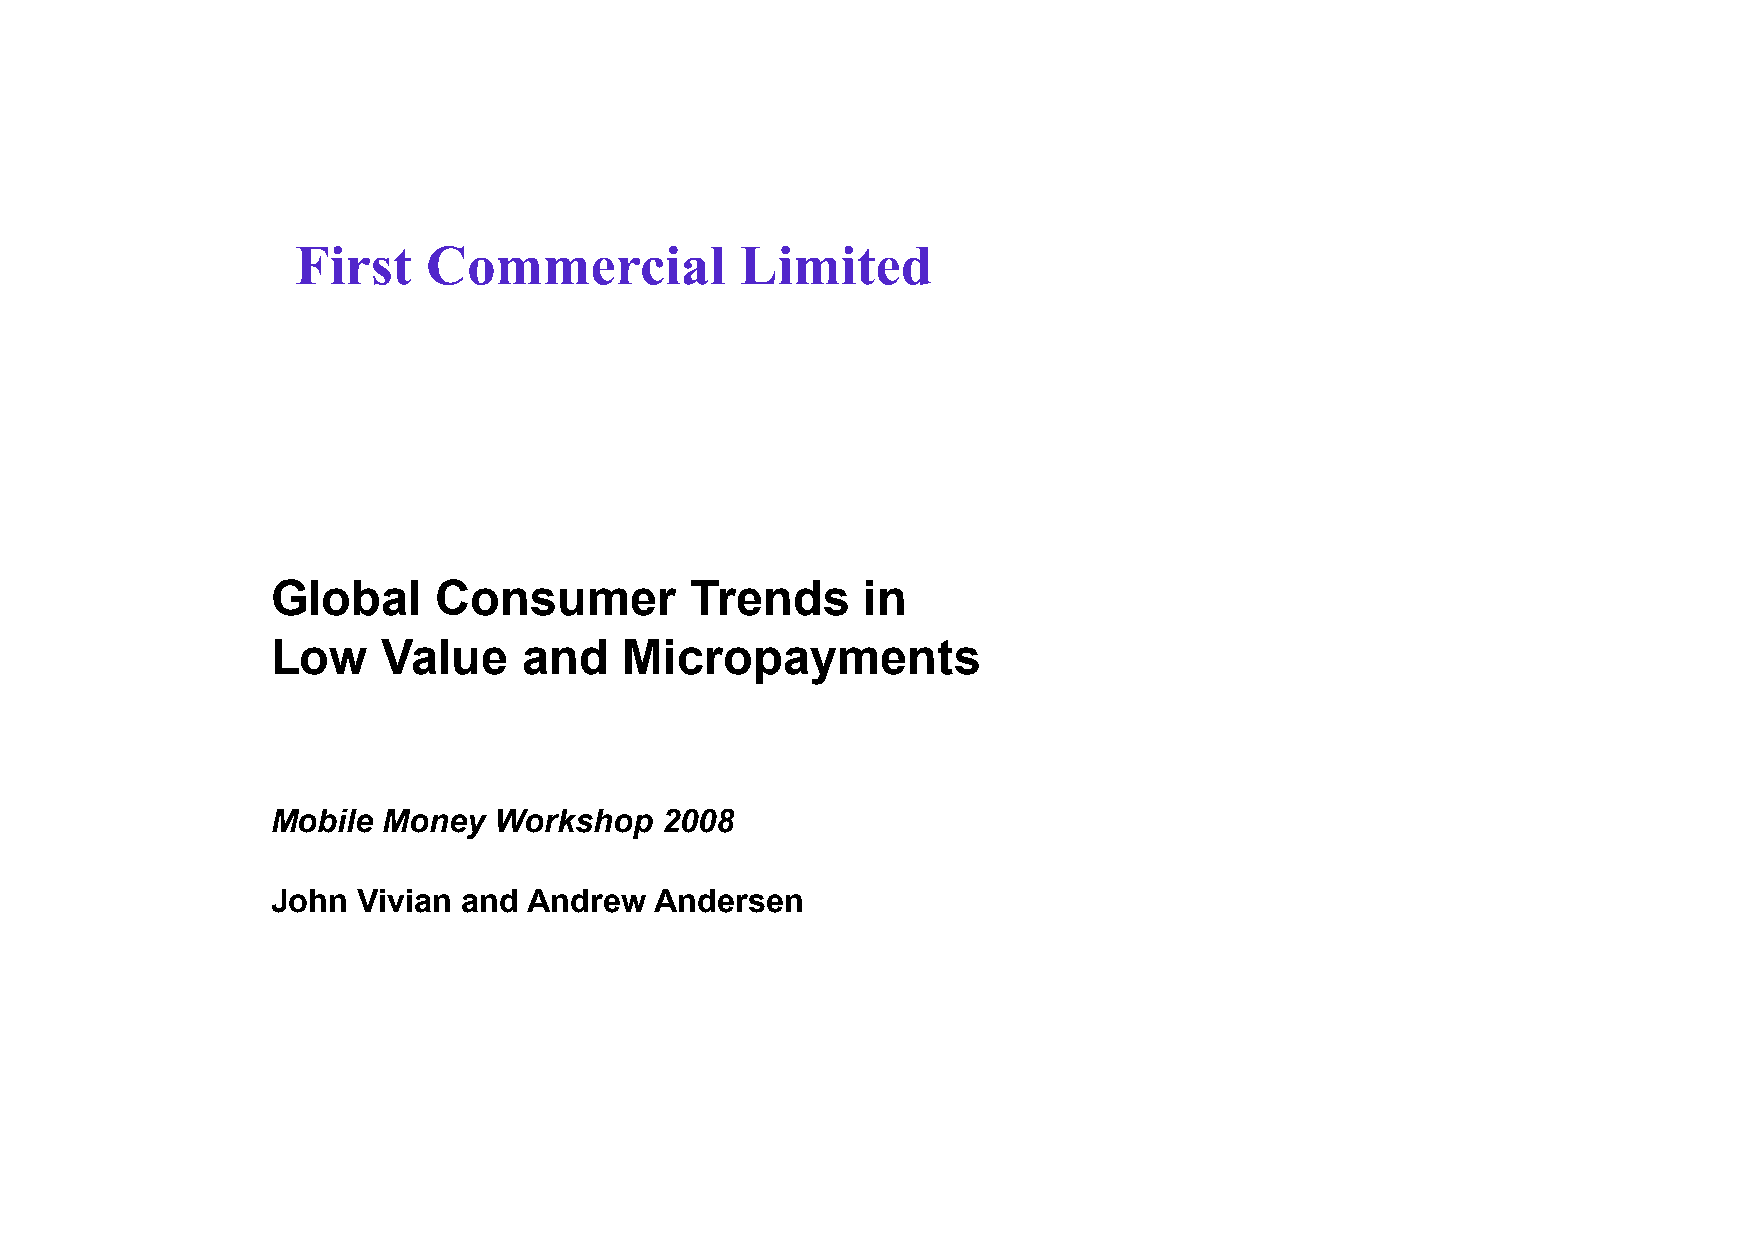
First   Commercial           Limited
 Global     Consumer         Trends     in
 Low    Value     and   Micropayments
 Mobile Money   Workshop   2008
 John  Vivian and Andrew  Andersen